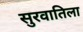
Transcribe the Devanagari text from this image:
सुरवातिला